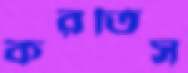
করতিস